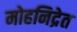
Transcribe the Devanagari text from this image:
मोहनिद्रेत